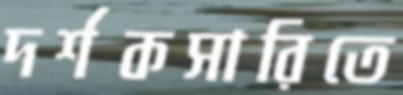
দর্শকসারিতে